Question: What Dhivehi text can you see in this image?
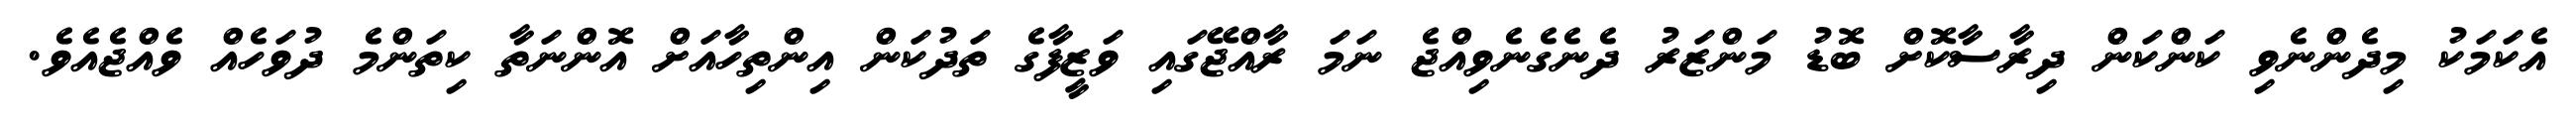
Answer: އެކަމަކު މިދެންނެވި ކަންކަން ދިރާސާކޮށް ބޮޑު މަންޒަރު ދެނެގެނެވިއްޖެ ނަމަ ރާއްޖޭގައި ވަޒީފާގެ ތަދުކަން އިންތިހާއަށް އޮންނަތާ ކިތަންމެ ދުވަހެއް ވެއްޖެއެވެ.